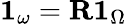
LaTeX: \mathbf{1}_{\omega}=\mathbf{R}\mathbf{1}_{\Omega}